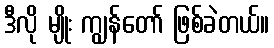
ဒီလို မျိုး ကျွန်တော် ဖြစ်ခဲတယ်။